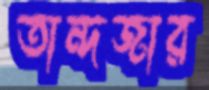
তান্দজার